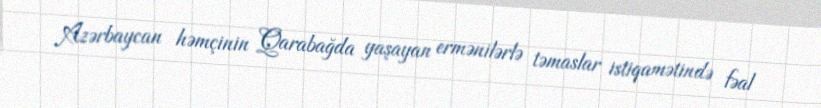
Azərbaycan həmçinin Qarabağda yaşayan ermənilərlə təmaslar istiqamətində fəal